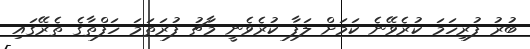
ބުރު ފުރިހަމަ ކުރެވޭނެ ކަމަށް ލަފާ ކުރެވެނީ މާޗު ފުރަތަމަ ހަފްތާގެ ތެރޭގައި